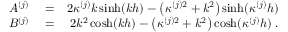
\begin{array} { r l r } { A ^ { ( j ) } } & { { } = } & { 2 \kappa ^ { ( j ) } k \sinh ( k h ) - \left( \kappa ^ { ( j ) 2 } + k ^ { 2 } \right) \sinh ( \kappa ^ { ( j ) } h ) } \\ { B ^ { ( j ) } } & { { } = } & { 2 k ^ { 2 } \cosh ( k h ) - \left( \kappa ^ { ( j ) 2 } + k ^ { 2 } \right) \cosh ( \kappa ^ { ( j ) } h ) \; . } \end{array}